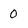
Character: o